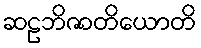
ဆဠဘိဇာတိယောတိ